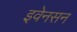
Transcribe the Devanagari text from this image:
इवेनसन